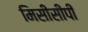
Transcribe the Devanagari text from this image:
मिसीसीपी